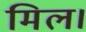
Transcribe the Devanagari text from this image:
मिल।